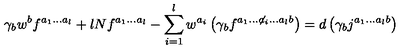
\gamma _ { b } w ^ { b } f ^ { a _ { 1 } . . . a _ { l } } + l N f ^ { a _ { 1 } . . . a _ { l } } - \sum _ { i = 1 } ^ { l } w ^ { a _ { i } } \left( \gamma _ { b } f ^ { a _ { 1 } . . . { \not a _ { i } } . . . a _ { l } b } \right) = d \left( \gamma _ { b } j ^ { a _ { 1 } . . . a _ { l } b } \right)